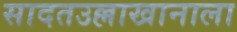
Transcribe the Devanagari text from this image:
सादतउल्लाखानाला